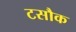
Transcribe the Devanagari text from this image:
टसौक